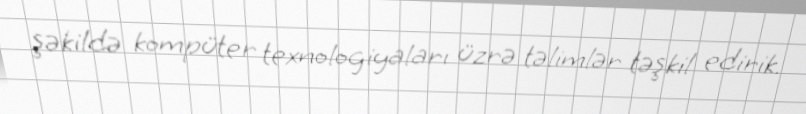
şəkildə kompüter texnologiyaları üzrə təlimlər təşkil edirik.